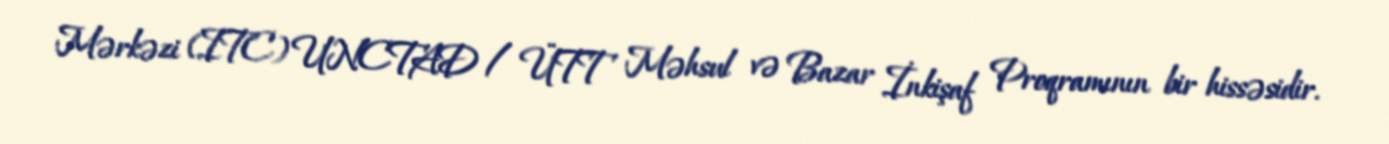
Mərkəzi (ITC) UNCTAD / ÜTT Məhsul və Bazar İnkişaf Proqramının bir hissəsidir.